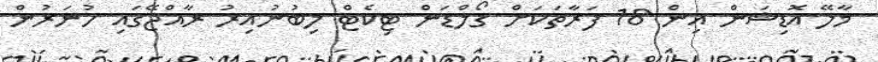
މާލޭ އޮޑިޝަން އިން 18 ފަރާތަކަށް ގޯލްޑަން ޓިކެޓް ލިބުނުއިރު ރާއްޖޭގައި ހުނަރުން